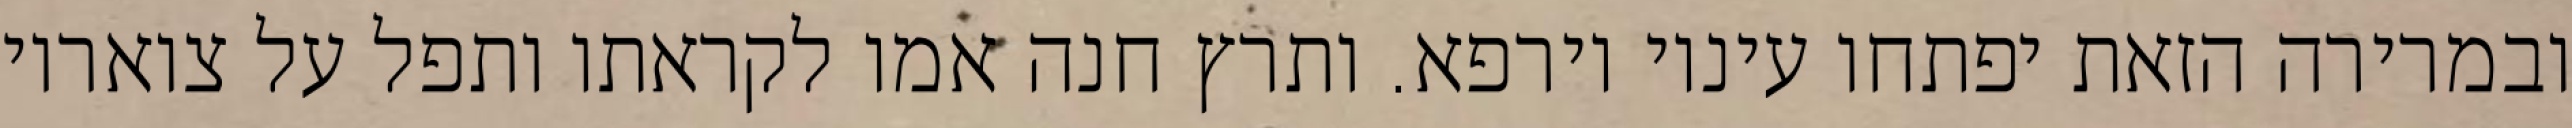
ובמרירה הזאת יפתחו עיניו וירפא. ותרץ חנה אמו לקראתו ותפל על צואריו